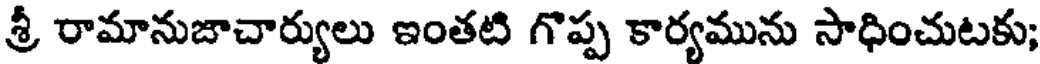
శ్రీ రామానుజాచార్యులు ఇంతటి గొప్ప కార్యమును సాధించుటకు;